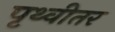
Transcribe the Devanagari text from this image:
पृथ्वीतर